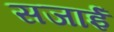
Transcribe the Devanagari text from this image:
सजाईं